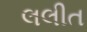
લલીત